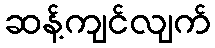
ဆန့်ကျင်လျက်